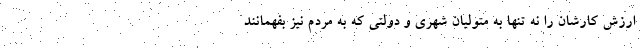
ارزش کارشان را نه تنها به متولیان شهری و دولتی که به مردم نیز بفهمانند